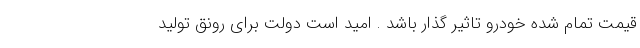
قیمت تمام شده خودرو تاثیر گذار باشد . امید است دولت برای رونق تولید